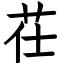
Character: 茌